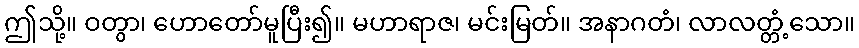
ဤသို့။ ဝတွာ၊ ဟောတော်မူပြီး၍။ မဟာရာဇ၊ မင်းမြတ်။ အနာဂတံ၊ လာလတ္တံ့သော။